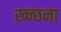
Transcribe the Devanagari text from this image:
ख्न्छना